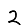
Digit: 2